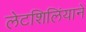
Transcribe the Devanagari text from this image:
लेटशिलिंयाने